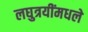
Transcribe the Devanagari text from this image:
लघुत्रयींमधले